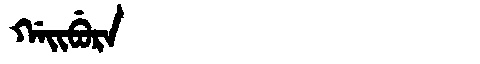
Manchu: ᡤᠠᡳᠪᡠᡵᠠ
Romanization: GAIBURA